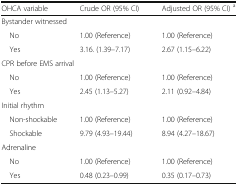
| OHCA variable | Crude OR (95% CI) | Adjusted OR (95% CI) a |
 | --- | --- | --- |
 | <COLSPAN=3> Bystander witnessed |
 | No | 1.00 (Reference) | 1.00 (Reference) |
 | Yes | 3.16. (1.39–7.17) | 2.67 (1.15–6.22) |
 | <COLSPAN=3> CPR before EMS arrival |
 | No | 1.00 (Reference) | 1.00 (Reference) |
 | Yes | 2.45 (1.13–5.27) | 2.11 (0.92–4.84) |
 | <COLSPAN=3> Initial rhythm |
 | Non-shockable | 1.00 (Reference) | 1.00 (Reference) |
 | Shockable | 9.79 (4.93–19.44) | 8.94 (4.27–18.67) |
 | <COLSPAN=3> Adrenaline |
 | No | 1.00 (Reference) | 1.00 (Reference) |
 | Yes | 0.48 (0.23–0.99) | 0.35 (0.17–0.73) |